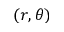
( r , \theta )